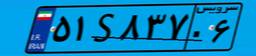
۹۴S۳۱۸۸۹